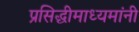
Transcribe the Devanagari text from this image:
प्रसिद्धीमाध्यमांनी